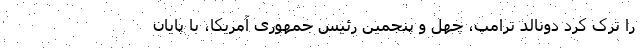
را ترک کرد دونالد ترامپ، چهل و پنجمین رئیس جمهوری آمریکا، با پایان